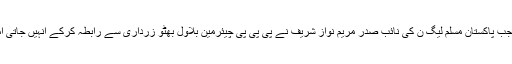
گرینڈ افطار ڈنر کے بعد ایک اور اہم رابط لاہور میں اس وقت ہوا جب پاکستان مسلم لیگ ن کی نائب صدر مریم نواز شریف نے پی پی پی چیئرمین بلاول بھٹو زرداری سے رابطہ کرکے انہیں جاتی امرا آنے کی دعوت دی اور بلاول بھٹو نے دعوت نامہ قبول کر لیا۔